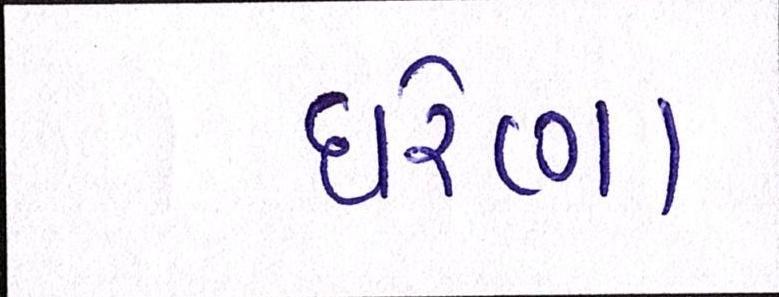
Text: ઘરેણા